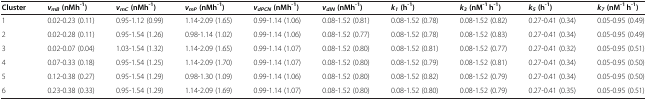
<table><thead><tr><td><b>Cluster</b></td><td><b><i>v</i><sub><i>mB</i></sub>(nMh<sup>-1</sup>)</b></td><td><b><i>v</i><sub><i>mC</i></sub>(nMh<sup>-1</sup>)</b></td><td><b><i>v</i><sub><i>mP</i></sub>(nMh<sup>-1</sup>)</b></td><td><b><i>v</i><sub><i>dPCN</i></sub>(nMh<sup>-1</sup>)</b></td><td><b><i>v</i><sub><i>dIN</i></sub>(nMh<sup>-1</sup>)</b></td><td><b><i>k</i><sub><i>1</i></sub>(h<sup>-1</sup>)</b></td><td><b><i>k</i><sub><i>3</i></sub>(nM<sup>-1</sup> h<sup>-1</sup>)</b></td><td><b><i>k</i><sub><i>5</i></sub>(h<sup>-1</sup>)</b></td><td><b><i>k</i><sub><i>7</i></sub>(nM<sup>-1</sup> h<sup>-1</sup>)</b></td></tr></thead><tbody><tr><td>1</td><td>0.02-0.23 (0.11)</td><td>0.95-1.12 (0.99)</td><td>1.14-2.09 (1.65)</td><td>0.99-1.14 (1.06)</td><td>0.08-1.52 (0.81)</td><td>0.08-1.52 (0.78)</td><td>0.08-1.52 (0.82)</td><td>0.27-0.41 (0.34)</td><td>0.05-0.95 (0.49)</td></tr><tr><td>2</td><td>0.02-0.28 (0.11)</td><td>0.95-1.54 (1.26)</td><td>0.98-1.14 (1.02)</td><td>0.99-1.14 (1.06)</td><td>0.08-1.52 (0.77)</td><td>0.08-1.52 (0.78)</td><td>0.08-1.52 (0.83)</td><td>0.27-0.41 (0.34)</td><td>0.05-0.95 (0.49)</td></tr><tr><td>3</td><td>0.02-0.07 (0.04)</td><td>1.03-1.54 (1.32)</td><td>1.14-2.09 (1.65)</td><td>0.99-1.14 (1.07)</td><td>0.08-1.52 (0.80)</td><td>0.08-1.52 (0.81)</td><td>0.08-1.52 (0.77)</td><td>0.27-0.41 (0.32)</td><td>0.05-0.95 (0.51)</td></tr><tr><td>4</td><td>0.07-0.33 (0.18)</td><td>0.95-1.54 (1.25)</td><td>1.14-2.09 (1.70)</td><td>0.99-1.14 (1.07)</td><td>0.08-1.52 (0.80)</td><td>0.08-1.52 (0.79)</td><td>0.08-1.52 (0.81)</td><td>0.27-0.41 (0.34)</td><td>0.05-0.95 (0.50)</td></tr><tr><td>5</td><td>0.12-0.38 (0.27)</td><td>0.95-1.54 (1.29)</td><td>0.98-1.30 (1.09)</td><td>0.99-1.14 (1.06)</td><td>0.08-1.52 (0.80)</td><td>0.08-1.52 (0.82)</td><td>0.08-1.52 (0.79)</td><td>0.27-0.41 (0.34)</td><td>0.05-0.95 (0.50)</td></tr><tr><td>6</td><td>0.23-0.38 (0.33)</td><td>0.95-1.54 (1.29)</td><td>1.14-2.09 (1.69)</td><td>0.99-1.14 (1.07)</td><td>0.08-1.52 (0.80)</td><td>0.08-1.52 (0.80)</td><td>0.08-1.52 (0.79)</td><td>0.27-0.41 (0.35)</td><td>0.05-0.95 (0.51)</td></tr></tbody></table>